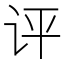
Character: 评